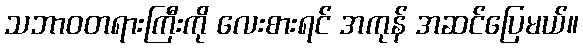
သဘာဝတရားကြီးကို လေးစားရင် အကုန် အဆင်ပြေမယ်။